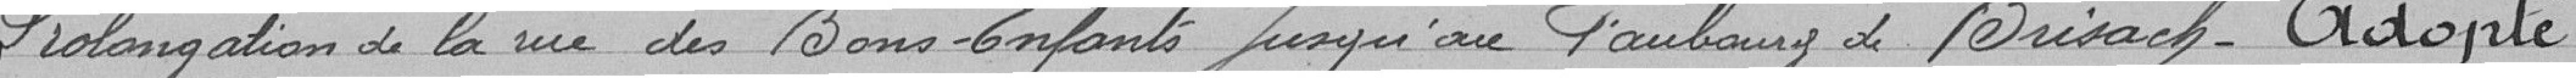
Prolongation de la rue des Bons-Enfants jusqu'au faubourg de Brisach. Adopté.